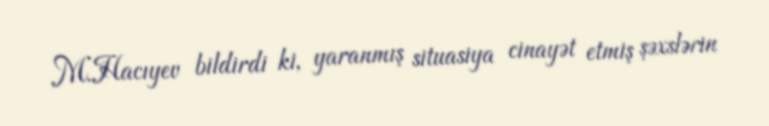
M.Hacıyev bildirdi ki, yaranmış situasiya cinayət etmiş şəxslərin